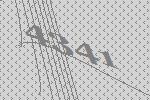
4341